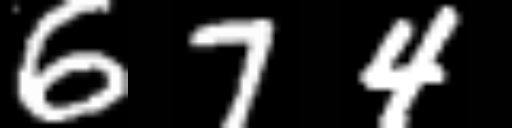
Text: 674